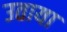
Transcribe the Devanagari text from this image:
उताया